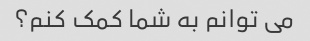
می توانم به شما کمک کنم؟